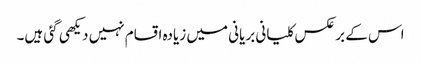
اس کے بر عکس کلیانی بریانی میں زیادہ اقسام نہیں دیکھی گئی ہیں۔